Civil Veterinary Dept. Bombay admin report 1907-1913 - 1907-1913
Year: 1907
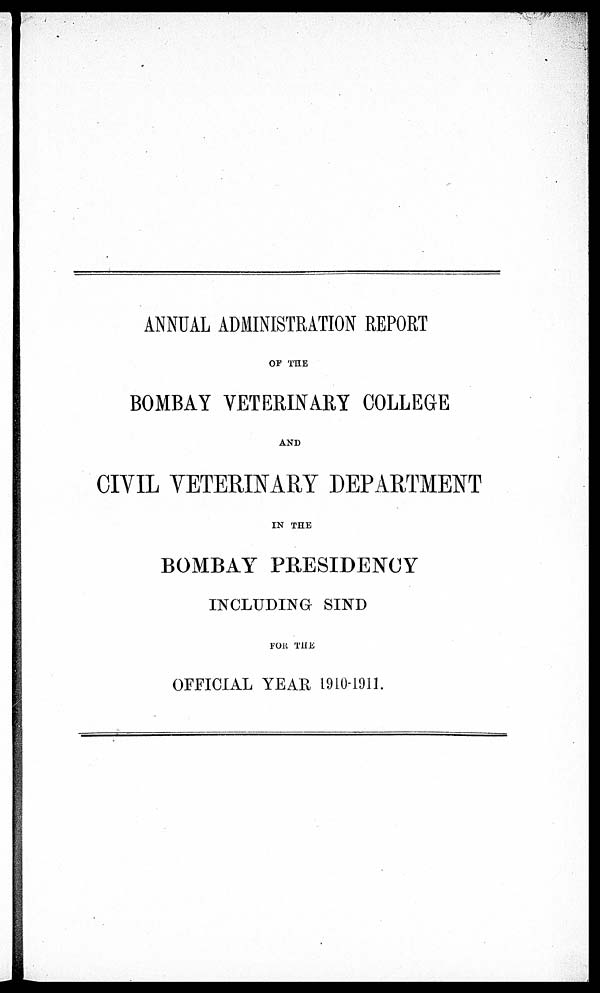
ANNUAL ADMINISTRATION REPORT
OF THE
BOMBAY VETERINARY COLLEGE
AND
CIVIL VETERINARY DEPARTMENT
IN THE
BOMBAY PRESIDENCY
INCLUDING SIND
FOR THE
OFFICIAL YEAR 1910-1911.